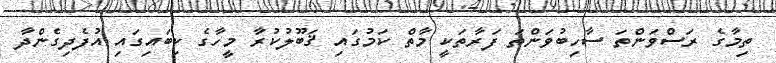
ތިމާގެ ރަސްވަންތަ ސާހިބުވަންތަ ފަރާތަކީ މާތް ކަމުގައި ޤަބޫލުކުރާ މީހާގެ ކިބައިގައި އުފެދިގެންދާ